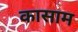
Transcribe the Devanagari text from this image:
कासाम